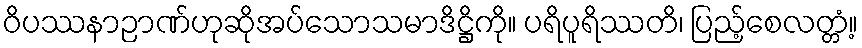
ဝိပဿနာဉာဏ်ဟုဆိုအပ်သောသမာဒိဋ္ဌိကို။ ပရိပူရိဿတိ၊ ပြည့်စေလတ္တံ့။